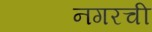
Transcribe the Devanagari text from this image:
नगरची